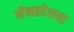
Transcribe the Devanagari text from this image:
मॅक्सवेलचा